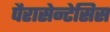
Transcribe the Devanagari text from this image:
पैरासेन्टेसिस